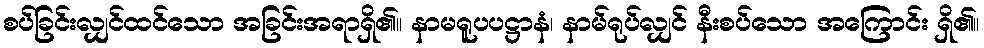
စပ်ခြင်းလျှင်ထင်သော အခြင်းအရာရှိ၏။ နာမရူပပဋ္ဌာနံ၊ နာမ်ရုပ်လျှင် နီးစပ်သော အကြောင်း ရှိ၏။